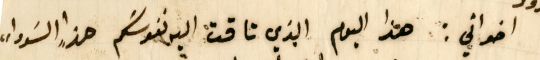
اخواني: هذا اليوم الذي تاقت اليه نفوسَكم هذا "السوداء،